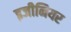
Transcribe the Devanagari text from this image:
इजीनियर